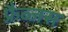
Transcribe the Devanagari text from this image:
फ़्रैब्जस